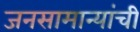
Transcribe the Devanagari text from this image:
जनसामान्यांची